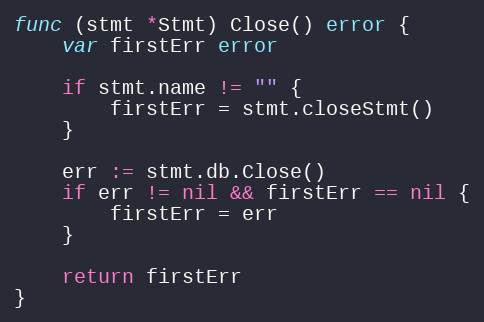
Language: Go
func (stmt *Stmt) Close() error {
	var firstErr error

	if stmt.name != "" {
		firstErr = stmt.closeStmt()
	}

	err := stmt.db.Close()
	if err != nil && firstErr == nil {
		firstErr = err
	}

	return firstErr
}